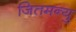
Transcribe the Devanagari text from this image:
जितमन्यु